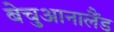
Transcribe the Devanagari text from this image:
बेचुआनालैंड